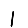
Digit: 1